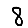
Digit: 8